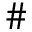
\#